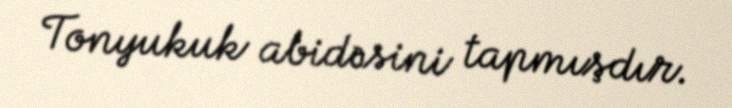
Tonyukuk abidəsini tapmışdır.